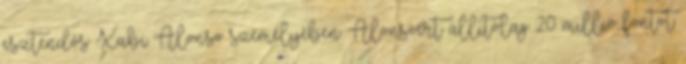
esztendős Xabi Alonso személyében. Alonsóért állítólag 20 millió fontot